Indian journal of veterinary science and animal husbandry - Volumes 18-21, 1948-1951
Year: 1948
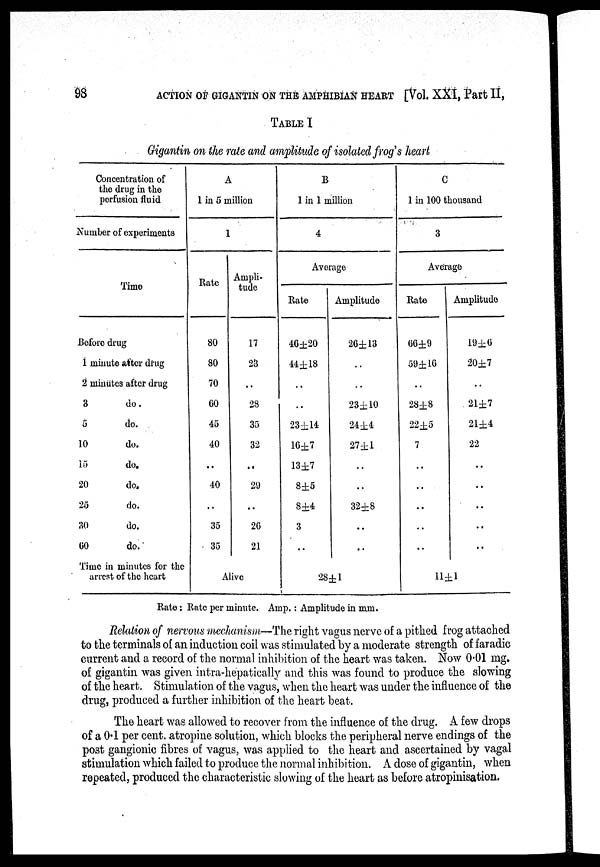
98
ACTION OFGIGANTIN ON THE AMPHIBIAN HEART [Vol. XXI, Part II,
TABLE I
Gigantin on the rate and amplitude of isolated frog's heart
Concentration of
the drug in the
perfusion fluid
Number of experiments
Time
Bofore drug
1 minute after drug
2 minutes after drug
3
do.
5
do.
10
do.
15
do.
20
do.
25
do.
30
do.
60
do.
Time in minutes for the
arrest of the heart
A
1 in 5 million
1
Rate
80
80
70
60
45
40
..
40
..
35
35
Ampli-
tude
17
23
..
28
35
32
. .
29
..
26
21
Alive
B
1 in 1 million
4
Average
Rate
46±20
44±18
..
. .
23±14
16±7
13±7
8±5
8±4
3
..
Amplitude
26±13
..
..
23±10
24±4
27±1
. .
. .
32±8
..
28±1
C
1 in 100 thousand
3
Average
Rate
66±9
59±16
..
28±8
22±5
7
..
..
..
..
..
Amplitude
19 ±6
20±7
..
21±7
21±4
22
..
..
..
..
..
11±1
Rate: Rate per minute. Amp.: Amplitude in mm.
Relation of nervous mechanism—The right vagus nerve of a pithed frog attached
to the terminals of an induction coil was stimulated by a moderate strength of faradic
current and a record of the normal inhibition of the heart was taken. Now 0.01 mg.
of gigantin was given intra-hepatically and this was found to produce the slowing
of the heart. Stimulation of the vagus, when the heart was under the influence of the
drug, produced a further inhibition of the heart beat.
The heart was allowed to recover from the influence of the drug. A few drops
of a 0.1 per cent. atropine solution, which blocks the peripheral nerve endings of the
post gangionic fibres of vagus, was applied to the heart and ascertained by vagal
stimulation which failed to produce the normal inhibition. A dose of gigantin, when
repeated, produced the characteristic slowing of the heart as before atropinisation.